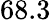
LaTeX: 68.3